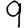
Digit: 9